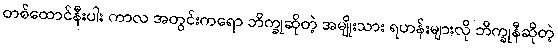
တစ်ထောင်နီးပါး ကာလ အတွင်းကရော ဘိက္ခုဆိုတဲ့ အမျိုးသား ရဟန်းများလို ဘိက္ခုနီဆိုတဲ့